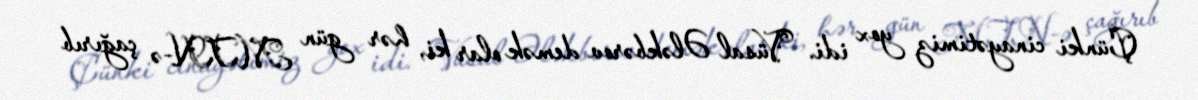
Çünki cinayətimiz yox idi. Vüsal Ələkbərov demək olar ki, hər gün MTN-ə çağırıb